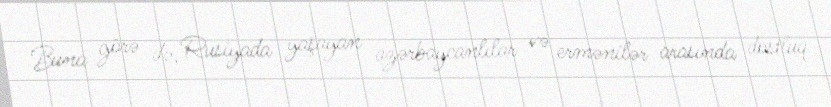
Buna görə də, Rusiyada yaşayan azərbaycanlılar və ermənilər arasında dostluq